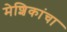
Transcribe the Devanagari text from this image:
मेशिकांचा